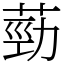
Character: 葝